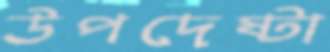
উপদেষ্টা